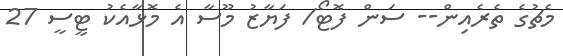
މެޗުގެ ތެރެއިން-- ސަން ފޮޓޯ/ ފަޔާޒު މޫސާ އެ މޮޅާއެކު ޓީސީ 27